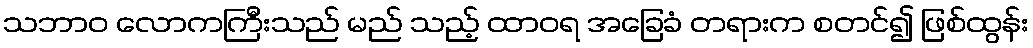
သဘာဝ လောကကြီးသည် မည် သည့် ထာဝရ အခြေခံ တရားက စတင်၍ ဖြစ်ထွန်း